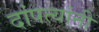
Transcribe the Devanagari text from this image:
दांपत्यांनी